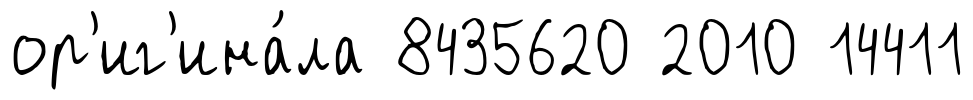
ор'иг'ина́ла 8435620 2010 14411